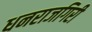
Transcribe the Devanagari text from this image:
धनराजगिरी